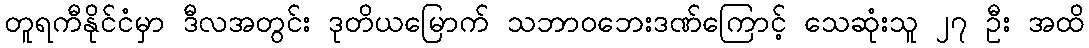
တူရကီနိုင်ငံမှာ ဒီလအတွင်း ဒုတိယမြောက် သဘာဝဘေးဒဏ်ကြောင့် သေဆုံးသူ ၂၇ ဦး အထိ